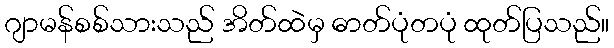
ဂျာမန်စစ်သားသည် အိတ်ထဲမှ ဓာတ်ပုံတပုံ ထုတ်ပြသည်။